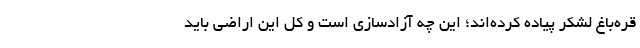
قره‌باغ لشکر پیاده کرده‌اند؛ این چه آزادسازی است و کل این اراضی باید